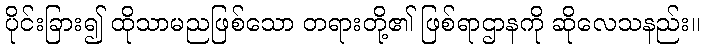
ပိုင်းခြား၍ ထိုသာမညဖြစ်သော တရားတို့၏ ဖြစ်ရာဌာနကို ဆိုလေသနည်း။